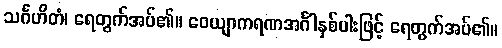
သင်္ဂဟိတံ၊ ရေတွက်အပ်၏။ ဝေယျာကရဏအင်္ဂါနှစ်ပါးဖြင့် ရေတွက်အပ်၏။